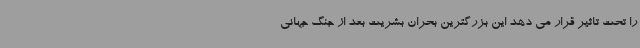
را تحت تاثیر قرار می دهد این بزرگترین بحران بشریت بعد از جنگ جهانی